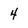
Character: 4